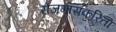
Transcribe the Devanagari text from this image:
रोजगाराकरिता